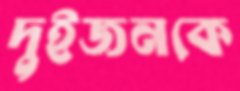
দুইজনকে